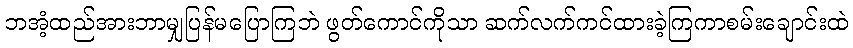
ဘအံ့ထည်အားဘာမျှပြန်မပြောကြဘဲ ဖွတ်ကောင်ကိုသာ ဆက်လက်ကင်ထားခဲ့ကြကာစမ်းချောင်းထဲ